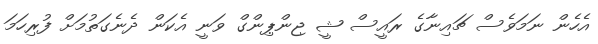
އެހެން ނަމަވެސް ޗައިނާގެ ރައީސް ޝީ ޖިންޕިންގް ވަނީ އެކަން ދެނެގަތުމަށް ފުރިހަމަ